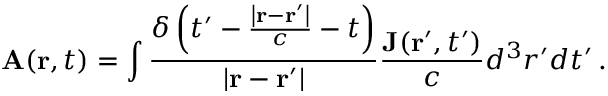
\mathbf { A } ( \mathbf { r } , t ) = \int { \frac { \delta \left( t ^ { \prime } - { \frac { \left| \mathbf { r } - \mathbf { r } ^ { \prime } \right| } { c } } - t \right) } { \left| \mathbf { r } - \mathbf { r } ^ { \prime } \right| } } { \frac { \mathbf { J } ( \mathbf { r } ^ { \prime } , t ^ { \prime } ) } { c } } d ^ { 3 } r ^ { \prime } d t ^ { \prime } \, .